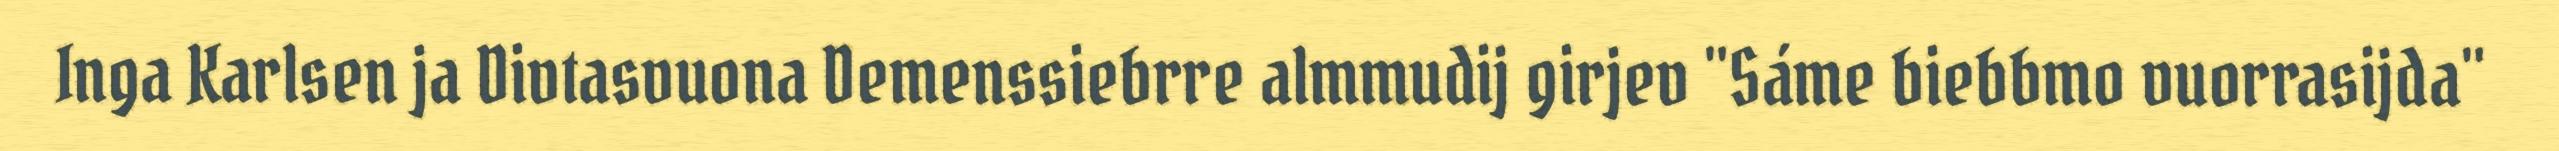
Inga Karlsen ja Divtasvuona Demenssiebrre almmudij girjev "Sáme biebbmo vuorrasijda"